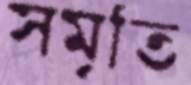
সমৃতি